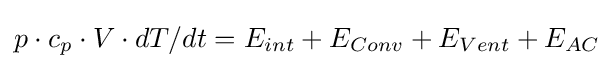
p\cdot c_{p}\cdot V\cdot dT/dt=E_{int}+E_{Conv}+E_{Vent}+E_{AC}